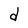
Character: d